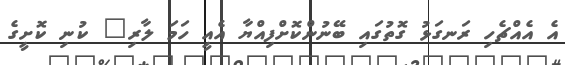
އެ އެއްޗެހި ރަނގަޅު ގޮތުގައި ބޭނުންކޮށްފިއްޔާ އެއީ ހަމަ ލާރި" ކުނި ކޮށީގެ